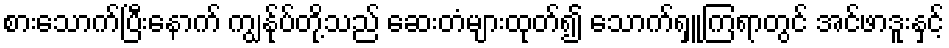
စားသောက်ပြီးနောက် ကျွန်ုပ်တို့သည် ဆေးတံများထုတ်၍ သောက်ရှူကြရာတွင် အင်ဖာဒူးနှင့်